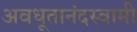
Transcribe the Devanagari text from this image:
अवधूतानंदस्वामी